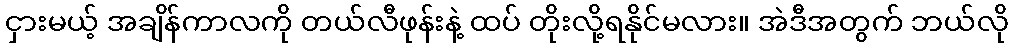
ငှားမယ့် အချိန်ကာလကို တယ်လီဖုန်းနဲ့ ထပ် တိုးလို့ရနိုင်မလား။ အဲဒီအတွက် ဘယ်လို